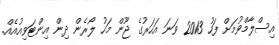
އިސްލާމްވުމަށް ފަހު 2013 ވަނަ އަހަރުގެ ޖޫން މަހު ލޯރެން ދިން އިންޓަވިއުއެއް.